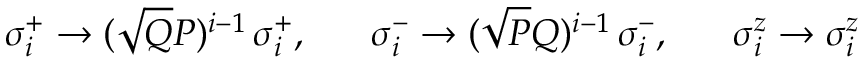
\sigma _ { i } ^ { + } \rightarrow ( \sqrt { Q } { P } ) ^ { i - 1 } \, \sigma _ { i } ^ { + } , \; \; \; \; \; \; \sigma _ { i } ^ { - } \rightarrow ( \sqrt { P } { Q } ) ^ { i - 1 } \, \sigma _ { i } ^ { - } , \; \; \; \; \; \; \sigma _ { i } ^ { z } \rightarrow \sigma _ { i } ^ { z }